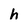
Character: h